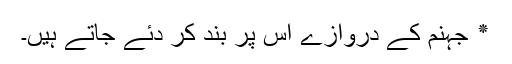
٭ جہنم کے دروازے اس پر بند کر دئے جاتے ہیں۔